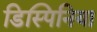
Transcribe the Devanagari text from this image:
डिस्पिनिया